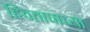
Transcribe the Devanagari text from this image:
हिवतापाच्या